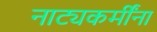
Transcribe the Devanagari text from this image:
नाट्यकर्मींना